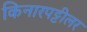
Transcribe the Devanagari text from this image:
किनारपट्टीलर